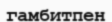
гамбитпен